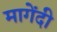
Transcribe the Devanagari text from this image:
मागेंदी